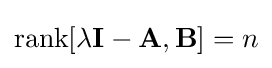
\operatorname {rank} [\lambda \mathbf {I} -\mathbf {A} ,\mathbf {B} ]=n